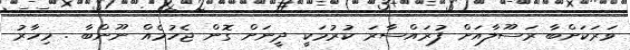
ވަރަކަށްބާ ރަސޫލާއަށް ފުރައްސާރަ ކުރުމަކީ ދީނަށް ގޮން ޖެހުމެއް ނޫންބާ . މިހާރު